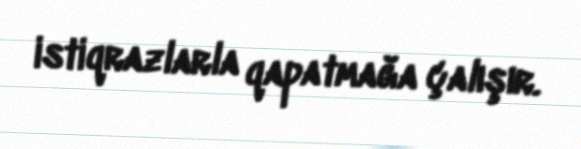
istiqrazlarla qapatmağa çalışır.